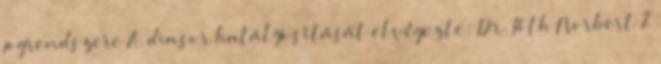
jogrendszere A diasor hatályosítását elvégezte: Dr. Tóth Norbert 2